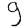
Digit: 9